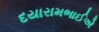
દયારામભાઈએ